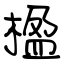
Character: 楹